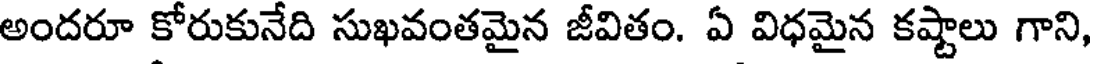
అందరూ కోరుకునేది సుఖవంతమైన జీవితం. ఏ విధమైన కష్టాలు గాని,